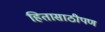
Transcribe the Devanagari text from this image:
हितासाठीपण